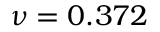
\nu = 0 . 3 7 2